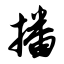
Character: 播